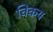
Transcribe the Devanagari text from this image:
विकय